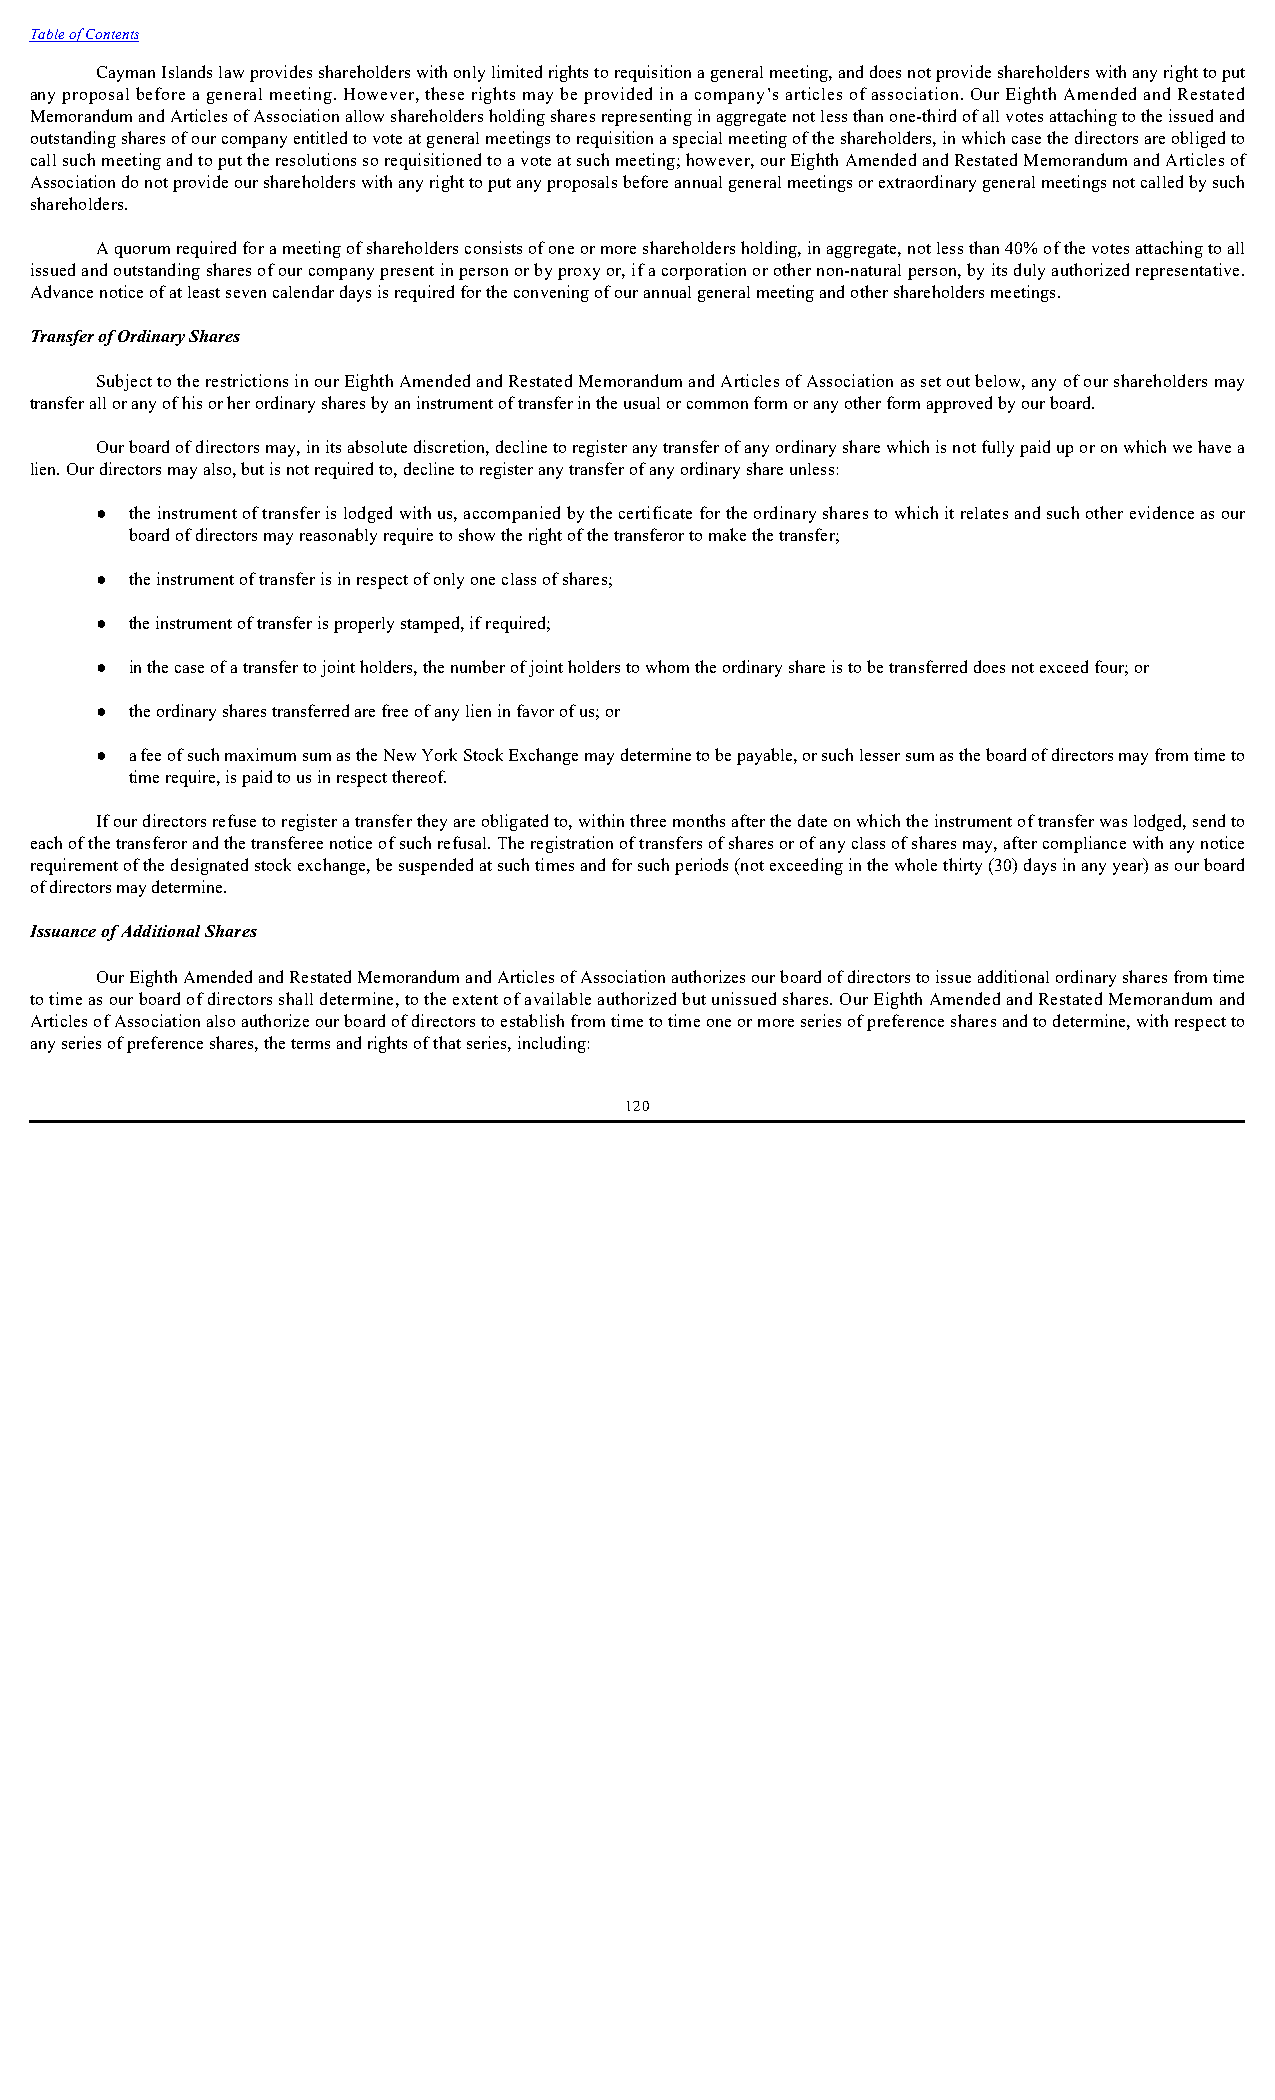
Table of Contents
 Cayman Islands law provides shareholders with only limited rights to requisition a general meeting, and does not provide shareholders with any right to put
 any proposal before a general meeting. However, these rights may be provided in a company’s articles of association. Our Eighth Amended and Restated
 Memorandum and Articles of Association allow shareholders holding shares representing in aggregate not less than one-third of all votes attaching to the issued and
 outstanding shares of our company entitled to vote at general meetings to requisition a special meeting of the shareholders, in which case the directors are obliged to
 call such meeting and to put the resolutions so requisitioned to a vote at such meeting; however, our Eighth Amended and Restated Memorandum and Articles of
 Association do not provide our shareholders with any right to put any proposals before annual general meetings or extraordinary general meetings not called by such
 shareholders.
 A quorum required for a meeting of shareholders consists of one or more shareholders holding, in aggregate, not less than 40% of the votes attaching to all
 issued and outstanding shares of our company present in person or by proxy or, if a corporation or other non-natural person, by its duly authorized representative.
 Advance notice of at least seven calendar days is required for the convening of our annual general meeting and other shareholders meetings.
 Transfer of Ordinary Shares
 Subject to the restrictions in our Eighth Amended and Restated Memorandum and Articles of Association as set out below, any of our shareholders may
 transfer all or any of his or her ordinary shares by an instrument of transfer in the usual or common form or any other form approved by our board.
 Our board of directors may, in its absolute discretion, decline to register any transfer of any ordinary share which is not fully paid up or on which we have a
 lien. Our directors may also, but is not required to, decline to register any transfer of any ordinary share unless:
 ●  the instrument of transfer is lodged with us, accompanied by the certificate for the ordinary shares to which it relates and such other evidence as our
 board of directors may reasonably require to show the right of the transferor to make the transfer;
 ●  the instrument of transfer is in respect of only one class of shares;
 ●  the instrument of transfer is properly stamped, if required;
 ●  in the case of a transfer to joint holders, the number of joint holders to whom the ordinary share is to be transferred does not exceed four; or
 ●  the ordinary shares transferred are free of any lien in favor of us; or
 ●  a fee of such maximum sum as the New York Stock Exchange may determine to be payable, or such lesser sum as the board of directors may from time to
 time require, is paid to us in respect thereof.
 If our directors refuse to register a transfer they are obligated to, within three months after the date on which the instrument of transfer was lodged, send to
 each of the transferor and the transferee notice of such refusal. The registration of transfers of shares or of any class of shares may, after compliance with any notice
 requirement of the designated stock exchange, be suspended at such times and for such periods (not exceeding in the whole thirty (30) days in any year) as our board
 of directors may determine.
 Issuance of Additional Shares
 Our Eighth Amended and Restated Memorandum and Articles of Association authorizes our board of directors to issue additional ordinary shares from time
 to time as our board of directors shall determine, to the extent of available authorized but unissued shares. Our Eighth Amended and Restated Memorandum and
 Articles of Association also authorize our board of directors to establish from time to time one or more series of preference shares and to determine, with respect to
 any series of preference shares, the terms and rights of that series, including:
 120